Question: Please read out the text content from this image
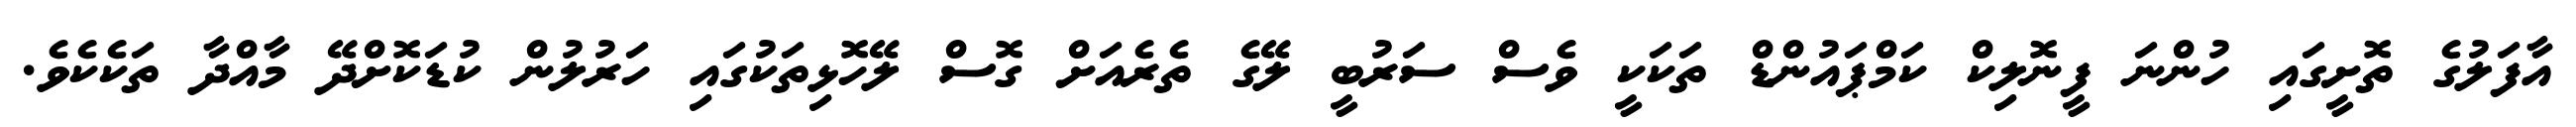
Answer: އާފަލުގެ ތޮށީގައި ހުންނަ ފީނޮލިކް ކަމްޕައުންޑް ތަކަކީ ވެސް ސަރުބީ ލޭގެ ތެރެއަށް ގޮސް ލޭހޮޅިތަކުގައި ހަރުލުން ކުޑަކޮށްދޭ މާއްދާ ތަކެކެވެ.